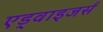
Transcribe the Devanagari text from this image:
एड्वाइजर्स